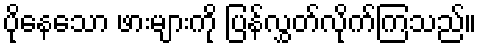
ပိုနေသော ဖားများကို ပြန်လွှတ်လိုက်ကြသည်။